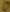
Text: 0